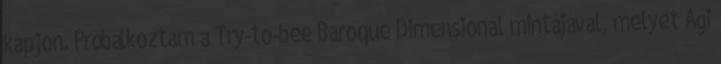
kapjon. Próbálkoztam a Try-to-bee Baroque Dimensional mintájával, melyet Ági